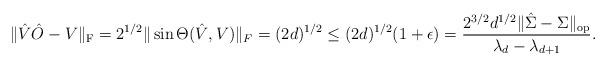
LaTeX: \begin{align*}\|\hat{V}\hat{O} - V\|_{\mathrm{F}} = 2^{1/2}\|\sin \Theta(\hat{V}, V)\|_F = (2d)^{1/2} \leq (2d)^{1/2}(1+\epsilon) = \frac{2^{3/2}d^{1/2}\|\hat{\Sigma} - \Sigma\|_{\mathrm{op}}}{\lambda_d - \lambda_{d+1}}.\end{align*}